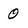
Character: 0